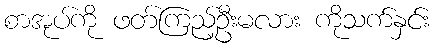
စာအုပ်ကို ဖတ်ကြည့်ဦးမလား ကိုသက်နှင်း